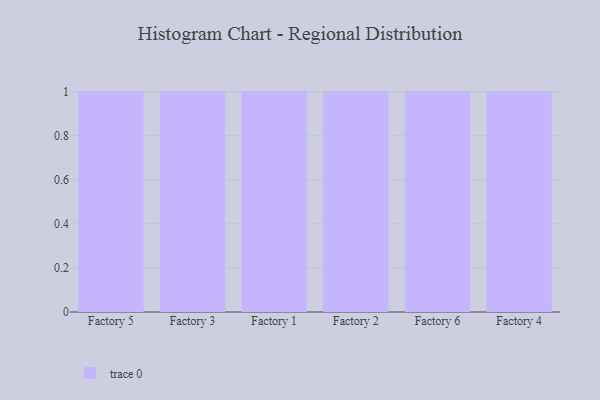
{"axis": {"x": "Factory", "y": "Population (Million)"}, "legend": [""], "data": [{"x": "Factory 5", "y": 36, "type": ""}, {"x": "Factory 3", "y": 22, "type": ""}, {"x": "Factory 1", "y": 33, "type": ""}, {"x": "Factory 2", "y": 69, "type": ""}, {"x": "Factory 6", "y": 97, "type": ""}, {"x": "Factory 4", "y": 7, "type": ""}]}